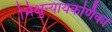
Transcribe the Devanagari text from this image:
भिक्षुन्यायकर्णिका